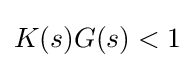
K(s)G(s)<1